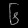
Digit: ၆